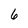
Character: 6